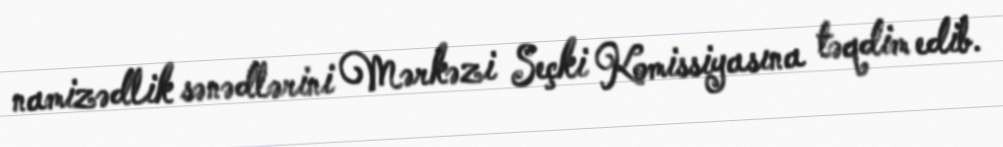
namizədlik sənədlərini Mərkəzi Seçki Komissiyasına təqdim edib.